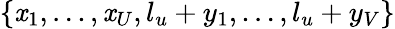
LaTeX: \left\{ \mathit{x}_{1},\ldots,\mathit{x}_{U},l_{u}+y_{1},\ldots,l_{u}+y_{V}\right\}